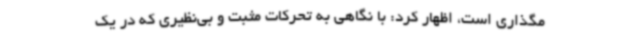
مگذاری است، اظهار کرد: با نگاهی به تحرکات مثبت و بی‌نظیری که در یک